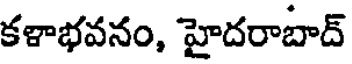
కళాభవనం, హైదరాబాద్